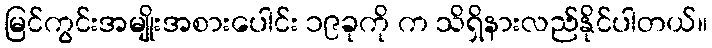
မြင်ကွင်းအမျိုးအစားပေါင်း ၁၉ခုကို က သိရှိနားလည်နိုင်ပါတယ်။